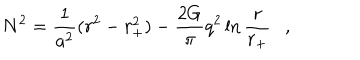
N ^ { 2 } = { \frac { 1 } { a ^ { 2 } } } ( r ^ { 2 } - r _ { + } ^ { 2 } ) - { \frac { 2 G } { \pi } } q ^ { 2 } \ln { \frac { r } { r _ { + } } } ,